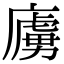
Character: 㢚